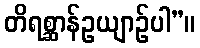
တိရစ္ဆာန်ဥယျာဉ်ပါ”။